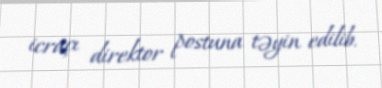
icraçı direktor postuna təyin edilib.